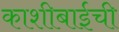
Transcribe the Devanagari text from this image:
काशीबाईची